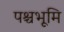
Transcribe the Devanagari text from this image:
पश्चभूमि